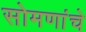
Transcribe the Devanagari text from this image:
सोमणांचे